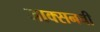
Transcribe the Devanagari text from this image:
जाक्सनची